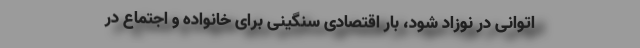
اتوانی در نوزاد شود، بار اقتصادی سنگینی برای خانواده و اجتماع در